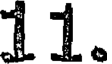
11.